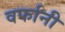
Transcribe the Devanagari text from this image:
वर्फानी